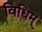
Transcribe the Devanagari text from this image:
विधिम्